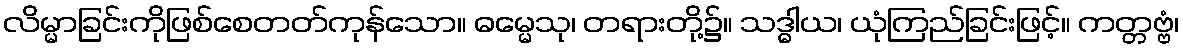
လိမ္မာခြင်းကိုဖြစ်စေတတ်ကုန်သော။ ဓမ္မေသု၊ တရားတို့၌။ သဒ္ဓါယ၊ ယုံကြည်ခြင်းဖြင့်။ ကတ္တဗ္ဗံ၊